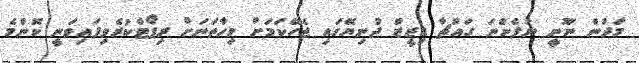
މަދުން ނޫނީ ނުފެންނަ ގައުޗާ ޑިޒީޒް ދުނިޔޭގައި ޖެހޭކަމަށް މިހާތަނަށް ރިޕޯޓްކުރެވިފައިވަނީ ކޮންމެ